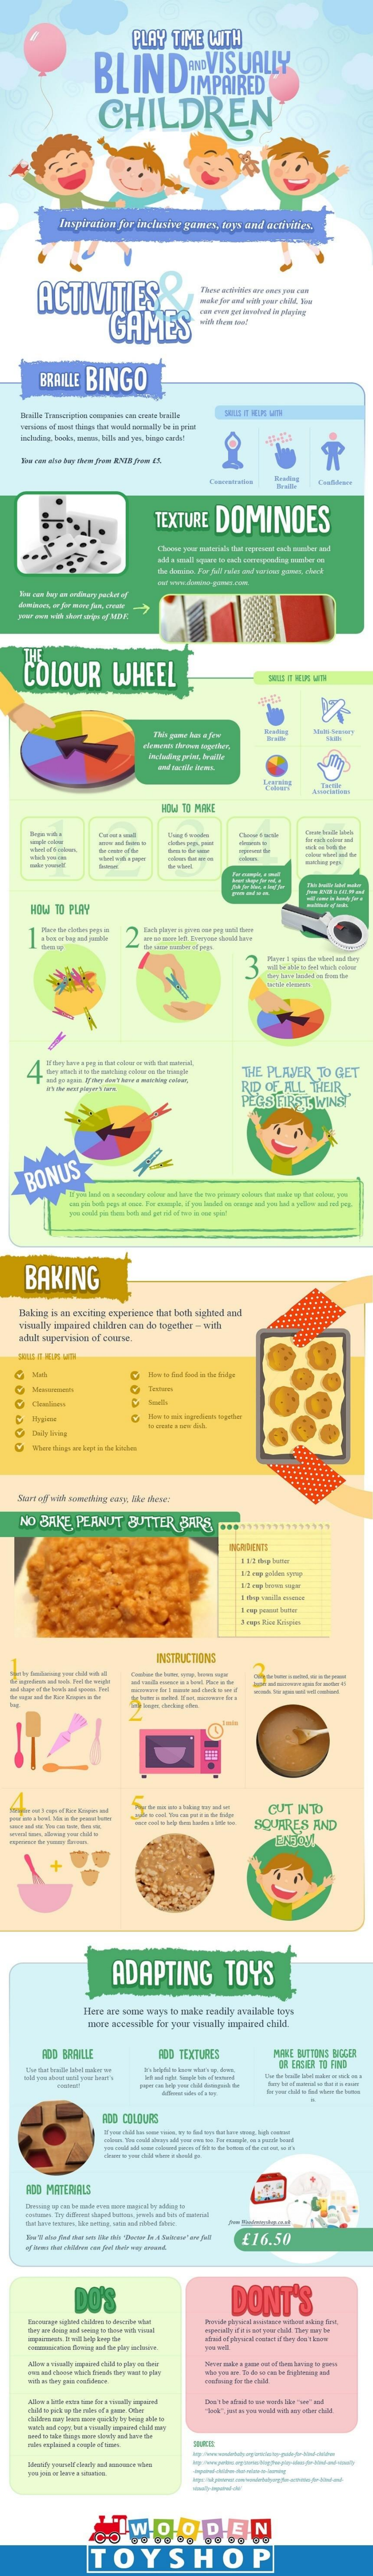
PLAY    TIME   WITH
     BLINDIMPAIRED    AND VISUALLY
     CHILDREN
     Inspiranon for inciasive games, toys and  acnwwes.
     ACTIVITIES
     GAMES
     BRAILLE   BINGO
     TEXTURE    DOMINOES
     Choose your materials that represent each manbor med
     COLOUR    WHEEL
     THE
     HOW TO MARE
     ---
     HOW  TO PLAY
     3
     THE PLAYER    TO GET
     RID OF  ALL  THEIR
     PEGS  FIRST,  WINST
     BONUS
     BAKING
    Baking is an exciting experience that both siglaed and
    Thaily inspired children can do togetur -with
    shall saperenion of course.
    Start off with something ning. Ar there:
    NO  BAKE   PEANUT    BUTTER    BARS,   000011711111111  LLLLL
     INSTRUCTIONS
     CUT   INTO
  ------    SQUARES    AND
     ADAPTING    TOYS
     Flore are somne ways to ranice readily awailable toys
     more accessible for your visually impaired child
     ROO BARILLE    POD TEXTURES    MERE BUTTONS BIOGER
     ON ERGIER TO FIND
     ADO COLOURS
     ROD MATERIALS
     £16.50
     DO'S    DONT'S
     WOODEN
     OYSHOP